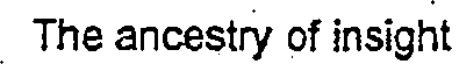
The ancestry of insight